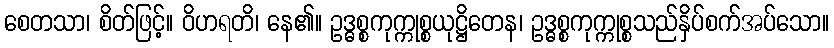
စေတသာ၊ စိတ်ဖြင့်။ ဝိဟရတိ၊ နေ၏။ ဥဒ္ဓစ္စကုက္ကုစ္စယုဋ္ဌိတေန၊ ဥဒ္ဓစ္စကုက္ကုစ္စသည်နှိပ်စက်အပ်သော။